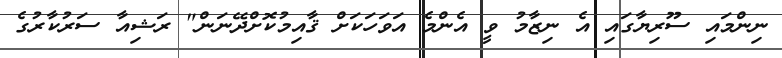
ނިންމައި ސޫރިޔާގައި އެ ނިޒާމު ވީ އެންމެ އަވަހަކަށް ޤާއިމުކޮށްދޭނަން" ރަޝިއާ ސަރުކާރުގެ